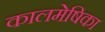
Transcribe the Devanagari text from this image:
कालमेषिका